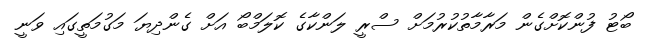
ބޯޓު ފުންކޮށްގެން މަރާމާތުކުރުމަށް ސްރީ ލަންކާގެ ކޮލަމްބޯ އަށް ގެންދިޔަ މަގުމަތީގައި ވަނީ